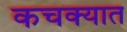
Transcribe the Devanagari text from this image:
कचक्यात